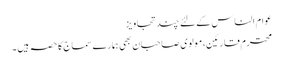
عوام الناس کے لئے چند تجاویز
محترم قارئین، مولوی صاحبان بھی ہمارے سماج کا حصہ ہیں ۔